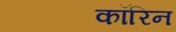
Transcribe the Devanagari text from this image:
कॉरिन